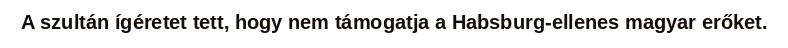
A szultán ígéretet tett, hogy nem támogatja a Habsburg-ellenes magyar erőket.